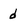
Character: d